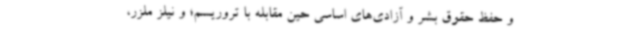
و حفظ حقوق بشر و آزادی‌های اساسی حین مقابله با تروریسم؛ و نیلز ملزر،